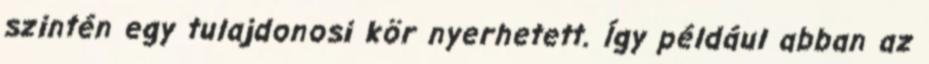
szintén egy tulajdonosi kör nyerhetett. Így például abban az